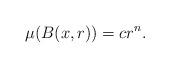
LaTeX: \begin{align*}\mu(B(x,r))=cr^{n}.\end{align*}